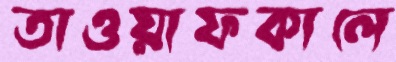
তাওয়াফকালে